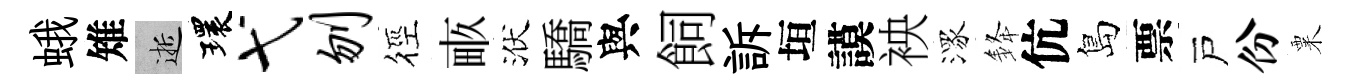
蛾雉逝環弋刎徑畞洑驕與飼訴垣謨䘧潈𨦟伉島票戸份粟